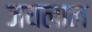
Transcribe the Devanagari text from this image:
जयलाल